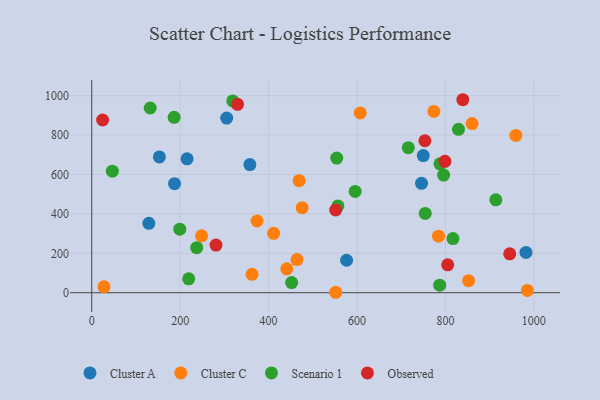
{"axis": {"x": "Distance", "y": "Exam Score"}, "legend": ["Cluster A", "Cluster C", "Observed", "Scenario 1"], "data": [{"x": "129.1", "y": 352.2, "type": "Cluster A"}, {"x": "982.1", "y": 204.3, "type": "Cluster A"}, {"x": "749.8", "y": 695.7, "type": "Cluster A"}, {"x": "357.7", "y": 650.4, "type": "Cluster A"}, {"x": "187.3", "y": 553.4, "type": "Cluster A"}, {"x": "215.6", "y": 679.5, "type": "Cluster A"}, {"x": "576.4", "y": 164.9, "type": "Cluster A"}, {"x": "305.2", "y": 886.0, "type": "Cluster A"}, {"x": "745.9", "y": 555.0, "type": "Cluster A"}, {"x": "153.0", "y": 689.3, "type": "Cluster A"}, {"x": "464.1", "y": 168.3, "type": "Cluster C"}, {"x": "469.0", "y": 568.8, "type": "Cluster C"}, {"x": "441.1", "y": 121.1, "type": "Cluster C"}, {"x": "374.0", "y": 364.0, "type": "Cluster C"}, {"x": "411.4", "y": 301.4, "type": "Cluster C"}, {"x": "27.7", "y": 29.7, "type": "Cluster C"}, {"x": "985.3", "y": 11.6, "type": "Cluster C"}, {"x": "860.2", "y": 858.5, "type": "Cluster C"}, {"x": "784.3", "y": 286.9, "type": "Cluster C"}, {"x": "476.0", "y": 431.4, "type": "Cluster C"}, {"x": "959.2", "y": 798.2, "type": "Cluster C"}, {"x": "362.6", "y": 93.6, "type": "Cluster C"}, {"x": "607.3", "y": 912.5, "type": "Cluster C"}, {"x": "773.8", "y": 920.1, "type": "Cluster C"}, {"x": "852.4", "y": 61.0, "type": "Cluster C"}, {"x": "551.8", "y": 2.3, "type": "Cluster C"}, {"x": "248.4", "y": 288.9, "type": "Cluster C"}, {"x": "219.3", "y": 70.5, "type": "Scenario 1"}, {"x": "914.0", "y": 471.6, "type": "Scenario 1"}, {"x": "787.0", "y": 38.2, "type": "Scenario 1"}, {"x": "829.5", "y": 829.1, "type": "Scenario 1"}, {"x": "556.7", "y": 440.4, "type": "Scenario 1"}, {"x": "199.1", "y": 322.4, "type": "Scenario 1"}, {"x": "716.0", "y": 735.9, "type": "Scenario 1"}, {"x": "554.1", "y": 683.4, "type": "Scenario 1"}, {"x": "787.6", "y": 654.0, "type": "Scenario 1"}, {"x": "186.3", "y": 889.9, "type": "Scenario 1"}, {"x": "817.0", "y": 275.0, "type": "Scenario 1"}, {"x": "46.6", "y": 616.8, "type": "Scenario 1"}, {"x": "237.4", "y": 228.7, "type": "Scenario 1"}, {"x": "318.9", "y": 973.1, "type": "Scenario 1"}, {"x": "595.8", "y": 514.0, "type": "Scenario 1"}, {"x": "754.3", "y": 402.2, "type": "Scenario 1"}, {"x": "132.2", "y": 937.3, "type": "Scenario 1"}, {"x": "795.9", "y": 597.2, "type": "Scenario 1"}, {"x": "452.1", "y": 51.3, "type": "Scenario 1"}, {"x": "24.6", "y": 876.4, "type": "Observed"}, {"x": "551.7", "y": 419.8, "type": "Observed"}, {"x": "281.0", "y": 242.0, "type": "Observed"}, {"x": "329.8", "y": 956.0, "type": "Observed"}, {"x": "839.3", "y": 979.3, "type": "Observed"}, {"x": "798.8", "y": 666.5, "type": "Observed"}, {"x": "753.5", "y": 771.1, "type": "Observed"}, {"x": "945.4", "y": 197.5, "type": "Observed"}, {"x": "805.1", "y": 141.6, "type": "Observed"}]}